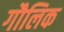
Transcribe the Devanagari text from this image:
गौलिक